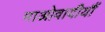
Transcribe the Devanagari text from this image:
माओवादीयौं